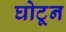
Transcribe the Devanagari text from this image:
घोटून